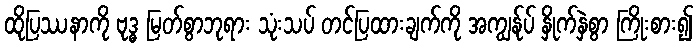
ထိုပြဿနာကို ဗုဒ္ဓ မြတ်စွာဘုရား သုံးသပ် တင်ပြထားချက်ကို အကျွန်ုပ် နှိုက်နှဲစွာ ကြိုးစား၍